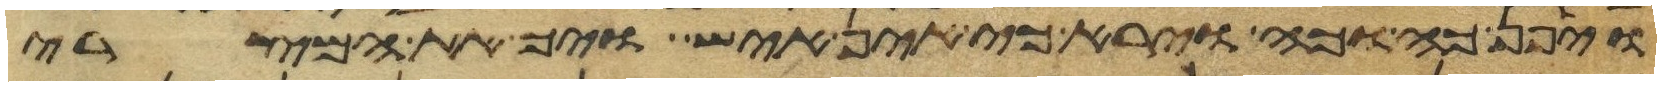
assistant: ויפן כה וכה וירא כי אין איש ויך את המצרי